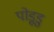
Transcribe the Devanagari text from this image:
पोड़ुडु